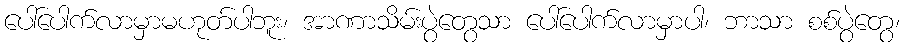
ပေါ်ပေါက်လာမှာမဟုတ်ပါဘူး၊ အာဏာသိမ်းပွဲတွေသာ ပေါ်ပေါက်လာမှာပါ၊ ဘာသာ စစ်ပွဲတွေ၊